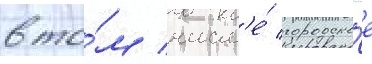
в то́м числ'е́ городско́е